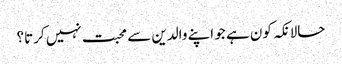
حالانکہ کون ہے جو اپنے والدین سے محبت نہیں کرتا؟